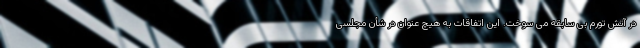
در آتش تورم بی سابقه می سوخت. این اتفاقات به هیچ عنوان در شأن مجلسی